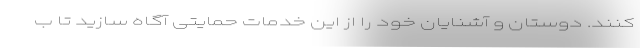
کنند. دوستان و آشنایان خود را از این خدمات حمایتی آگاه سازید تا ب